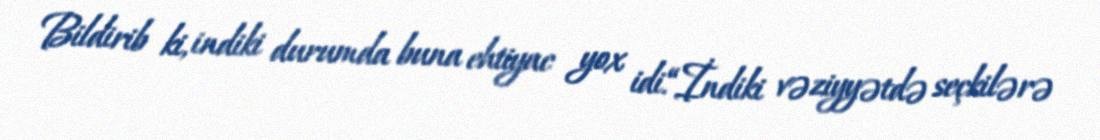
Bildirib ki, indiki durumda buna ehtiyac yox idi.“İndiki vəziyyətdə seçkilərə